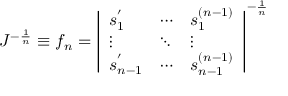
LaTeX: J ^ { - { \frac { 1 } { n } } } \equiv f _ { n } = \left| \begin{array} { l l l } { { s _ { 1 } ^ { ' } } } & { { \cdots } } & { { s _ { 1 } ^ { ( n - 1 ) } } } \\ { { \vdots } } & { { \ddots } } & { { \vdots } } \\ { { s _ { n - 1 } ^ { ' } } } & { { \cdots } } & { { s _ { n - 1 } ^ { ( n - 1 ) } } } \end{array} \right| ^ { - { \frac { 1 } { n } } }